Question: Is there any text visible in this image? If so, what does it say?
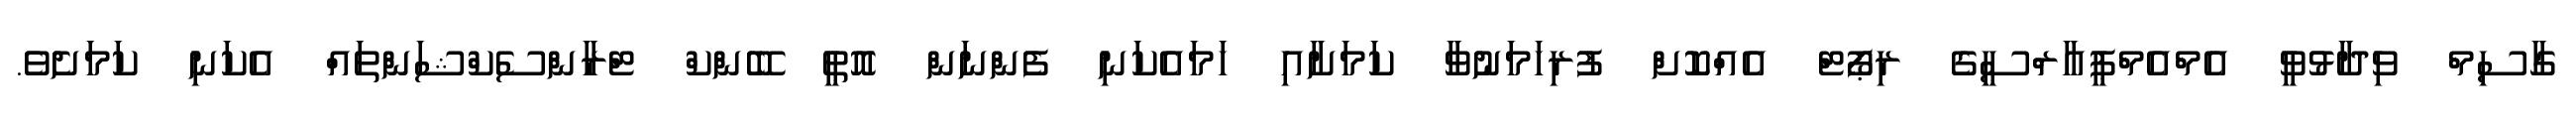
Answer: ގާސިމް ވިދާޅުވީ އެމްއެމްޕީއާރްސީގެ ރިޕޯޓް އެއްކޮށް ފުރިހަމަނުވާ ކަމަށާއި ހަމައެކަނި ފެންނަން އޮތީ ބޭންކް ޓްރާންސެކްޝަންތައް އެކަނި ކަމަށެވެ.